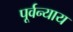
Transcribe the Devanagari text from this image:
पूर्वन्याय